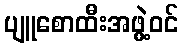
ပျူစောထီးအဖွဲ့ဝင်